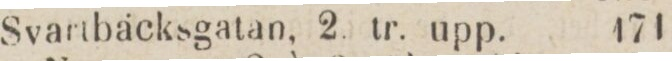
Svartbäcksgatan, 2. tr. upp.    171